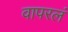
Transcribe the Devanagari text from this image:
वापरलं